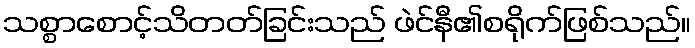
သစ္စာစောင့်သိတတ်ခြင်းသည် ဖဲင်နီ၏စရိုက်ဖြစ်သည်။